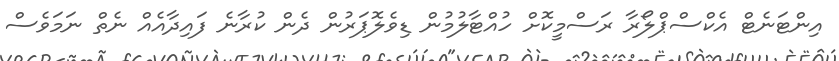
އިންޓަނެޓް އެކްސްޕްލޯރާ ރަސްމީކޮށް ހުއްޓާލުމުން ޑިވެލޮޕަރުން ދެން ކުރާނެ ފައިދާއެއް ނެތް ނަމަވެސް